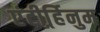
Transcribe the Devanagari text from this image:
एंटीर्र्हिनुम